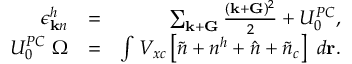
\begin{array} { r l r } { \epsilon _ { { \bf k } n } ^ { h } } & { = } & { \sum _ { { \bf k } + { \bf G } } \frac { ( { \bf k } + { \bf G } ) ^ { 2 } } { 2 } + U _ { 0 } ^ { P C } , } \\ { U _ { 0 } ^ { P C } ~ \Omega } & { = } & { \int V _ { x c } \left[ \tilde { n } + n ^ { h } + \hat { n } + \tilde { n } _ { c } \right] ~ d { \bf r } . } \end{array}